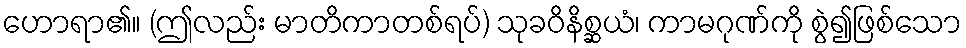
ဟောရာ၏။ (ဤလည်း မာတိကာတစ်ရပ်) သုခဝိနိစ္ဆယံ၊ ကာမဂုဏ်ကို စွဲ၍ဖြစ်သော